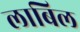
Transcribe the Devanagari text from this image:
लाबिल